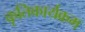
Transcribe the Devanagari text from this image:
कृतिकार्यक्रम